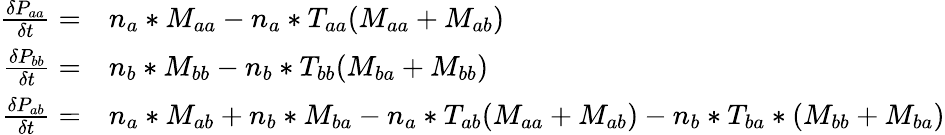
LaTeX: \begin{array}{rl}{\frac{\delta P_{aa}}{\delta t}=}&{n_{a}*M_{aa}-n_{a}*T_{aa}(M_{aa}+M_{ab})}\\ {\frac{\delta P_{bb}}{\delta t}=}&{n_{b}*M_{bb}-n_{b}*T_{bb}(M_{ba}+M_{bb})}\\ {\frac{\delta P_{ab}}{\delta t}=}&{n_{a}*M_{ab}+n_{b}*M_{ba}-n_{a}*T_{ab}(M_{aa}+M_{ab})-n_{b}*T_{ba}*(M_{bb}+M_{ba})}\end{array}